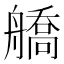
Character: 𦪞